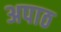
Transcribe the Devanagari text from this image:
अपाठ